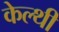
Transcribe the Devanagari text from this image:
केल्थी